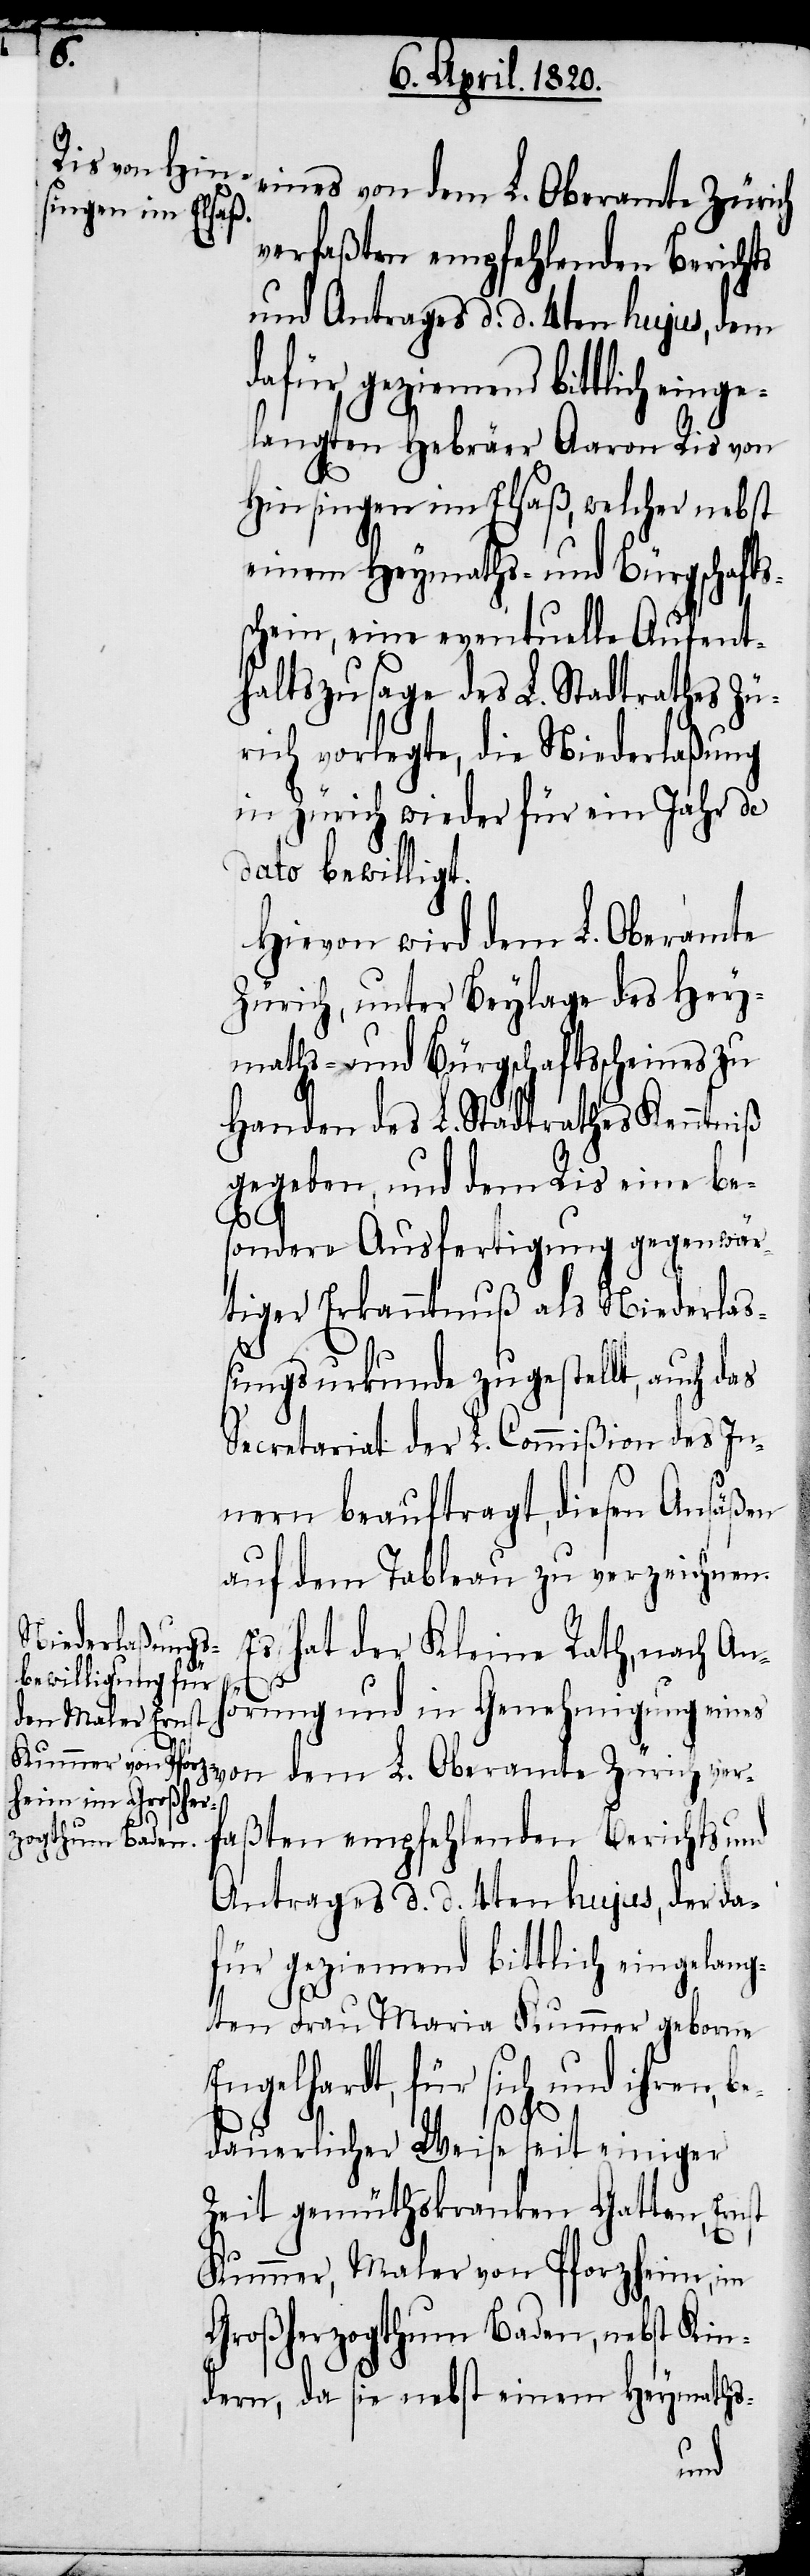
ines von dem L. Oberamte Zürich
verfaßten empfehlenden Berichts
und Antrages d. d. 4ten hujus, dem
langten Hebräer Aaron Ris von
Hinsingen im Elsaß, welcher nebst
einem Heymaths- und Bürgschafts¬
schein, eine eventuelle Aufent¬
haltszusage des L. Stadtrathes Zü¬
rich vorlegte, die Niederlaßung
in Zürich wieder für ein Jahr de
dato bewilligt.
Hiervon wird dem L. Oberamte
Zürich, unter Beylage des Hey¬
maths- und Bürgschaftsscheines zu
Handen des L. Stadtrathes Kenntniß
gegeben, und dem Ris eine be¬
sondere Ausfertigung gegenwär¬
tiger Erkenntniß als Niederlas¬
sungsurkunde zugestellt, auch d¬
Secretariat der L. Commißion des In¬
nern beauftragt, diesen Ansäßen
auf dem Tableau zu verzeichnen.
Es hat der Kleine Rath, nach Anh¬
örung und in Genehmigung e¬
as
Antrages d. d. 4ten hujus, der da¬
für geziemend bittlich eingelang¬
ten Frau Maria Kummer geborne
Engelhardt, für sich und ihren, be¬
dauerlicher Weise seit einiger
Zeit gemüthskranken Gatten Ernst
Kummer, Maler von Pforzheim, im
Großherzogthum Baden, nebst Kin¬
dern, da sie nebst einem Heymaths-
und